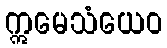
ဣမေသံယေဝ